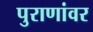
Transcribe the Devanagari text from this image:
पुराणांवर